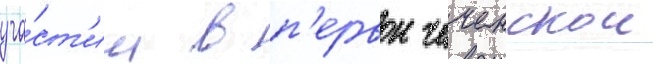
уча́ст'ии в п'ервои чеченскои